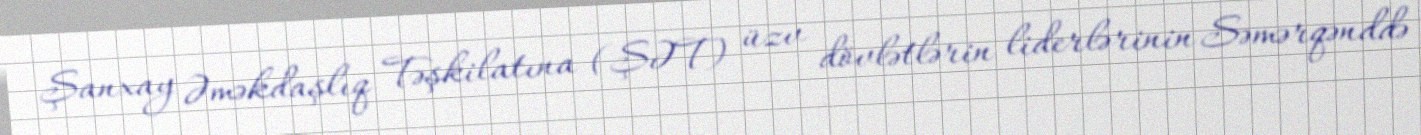
Şanxay Əməkdaşlıq Təşkilatına (ŞƏT) üzv dövlətlərin liderlərinin Səmərqənddə